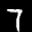
Label: 7